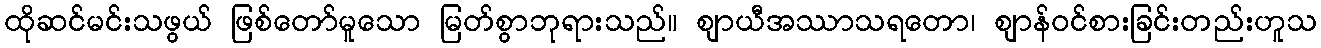
ထိုဆင်မင်းသဖွယ် ဖြစ်တော်မူသော မြတ်စွာဘုရားသည်။ ဈာယီအဿာသရတော၊ ဈာန်ဝင်စားခြင်းတည်းဟူသ